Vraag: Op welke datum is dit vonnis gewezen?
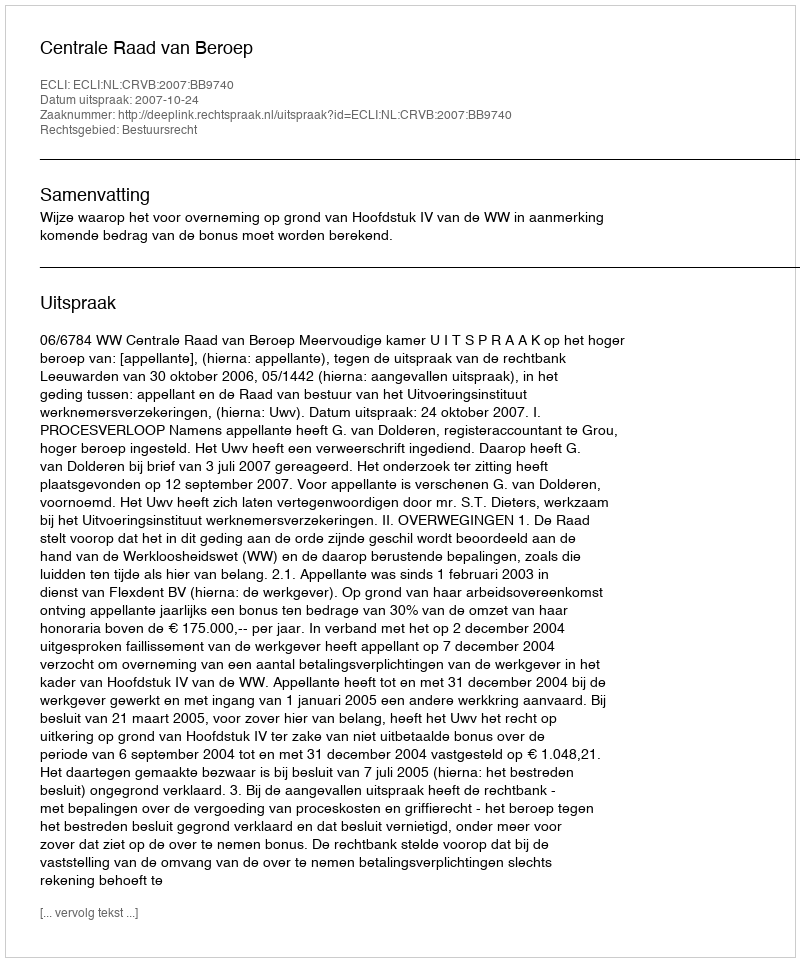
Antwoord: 2007-10-24